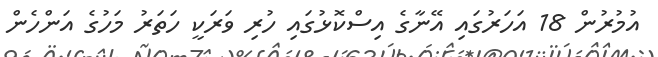
އުމުރުން 18 އަހަރުގައި އޭނާގެ އިސްކޮޅުގައި ހުރި ވަރަކީ ހަތަރު މަހުގެ އަންހެން